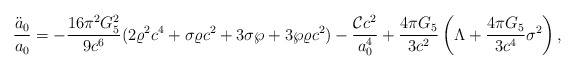
\begin{align*}{\ddot{a}_0\over a_0}=-{{16\pi^2G^2_5}\over{9c^6}}(2\varrho^2c^4+\sigma\varrho c^2+3\sigma\wp+3\wp\varrho c^2)-{{{\cal C}c^2}\over a^4_0}+{{4\pi G_5}\over{3c^2}}\left(\Lambda+{{4\pi G_5}\over{3c^4}}\sigma^2\right),\end{align*}